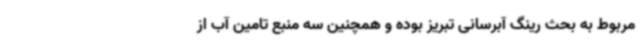
مربوط به بحث رینگ آبرسانی تبریز بوده و همچنین سه منبع تامین آب از